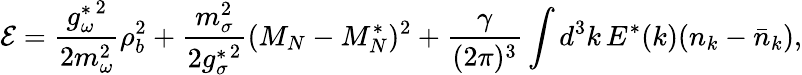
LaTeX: {\cal E}=\frac{{g_{\omega}^{\ast}}^{2}}{2m_{\omega}^{2}}\rho_{b}^{2}+\frac{m_{\sigma}^{2}}{2{g_{\sigma}^{\ast}}^{2}}(M_{N}-M_{N}^{\ast})^{2}+\frac{\gamma}{(2\pi)^{3}}\int d^{3}k\, E^{\ast}(k)(n_{k}-\bar{n}_{k}),